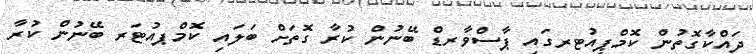
ދައްކާގޮތުން ކޮމްޕިއުޓރގައި ޕާސްވާރޑް ބޭނުން ކުރާ ގޮތަށް ބަލައި ކޮމްޕއުޓަރ ބޭނުން ކުރާ